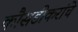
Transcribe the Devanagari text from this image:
कौसडीकरांचे